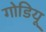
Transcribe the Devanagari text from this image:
गोडियू